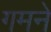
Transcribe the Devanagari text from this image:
गमने